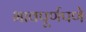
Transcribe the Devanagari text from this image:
भावपूर्णपणे